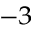
^ { - 3 }